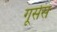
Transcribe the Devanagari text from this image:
गूसेस